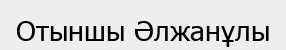
Отыншы Әлжанұлы